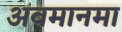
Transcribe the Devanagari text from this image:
अवमानमा